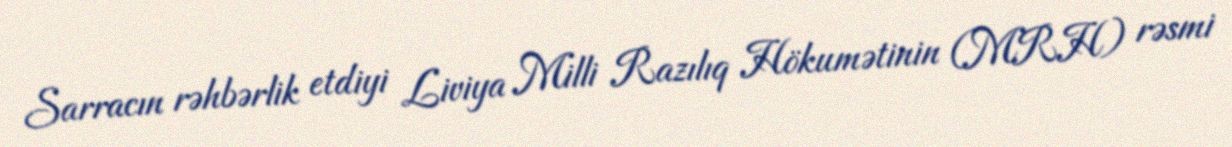
Sarracın rəhbərlik etdiyi Liviya Milli Razılıq Hökumətinin (MRH) rəsmi